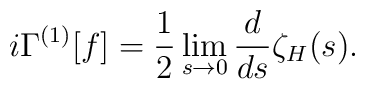
i\Gamma^{(1)}[f]={1\over2}\lim_{s\to0}{d\over ds}\zeta_H(s).